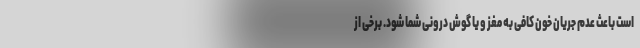
است باعث عدم جریان خون کافی به مغز و یا گوش درونی شما شود. برخی از